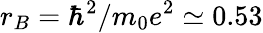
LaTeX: r_{B}=\hbar^{2}/m_{0}e^{2}\simeq 0.53